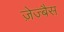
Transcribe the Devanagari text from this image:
ज़ेज्बैस